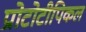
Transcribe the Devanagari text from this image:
प्रोटोटीपिकल